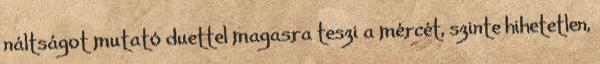
náltságot mutató duettel magasra teszi a mércét, szinte hihetetlen,